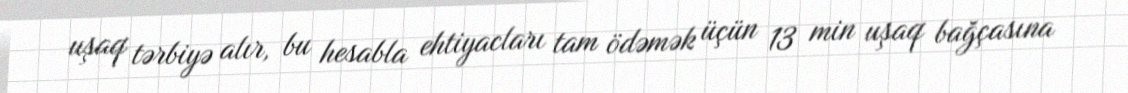
uşaq tərbiyə alır, bu hesabla ehtiyacları tam ödəmək üçün 13 min uşaq bağçasına